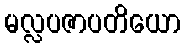
မလ္လပဇာပတိယော